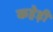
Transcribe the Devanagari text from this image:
कहेड़ी